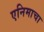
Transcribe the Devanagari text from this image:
एनिमाचा